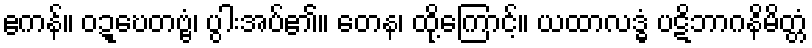
ဧကန်။ ဝဍ္ဎေတဗ္ဗံ၊ ပွါးအပ်၏။ တေန၊ ထို့ကြောင့်။ ယထာလဒ္ဓံ ပဋိဘာဂနိမိတ္တံ